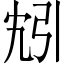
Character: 𫸬